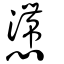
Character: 懘